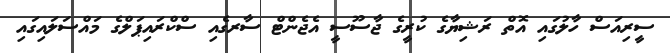
ސީރިއަސް ހާލުގައި އޮތް ރަޝިޔާގެ ކުރީގެ ޖާސޫސީ އެޖެންޓް ސާރގެއި ސްކްރައިޕަލްގެ މައްސަލައިގައި